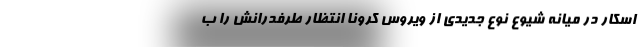
اسکار در میانه شیوع نوع جدیدی از ویروس کرونا انتظار طرفدرانش را ب